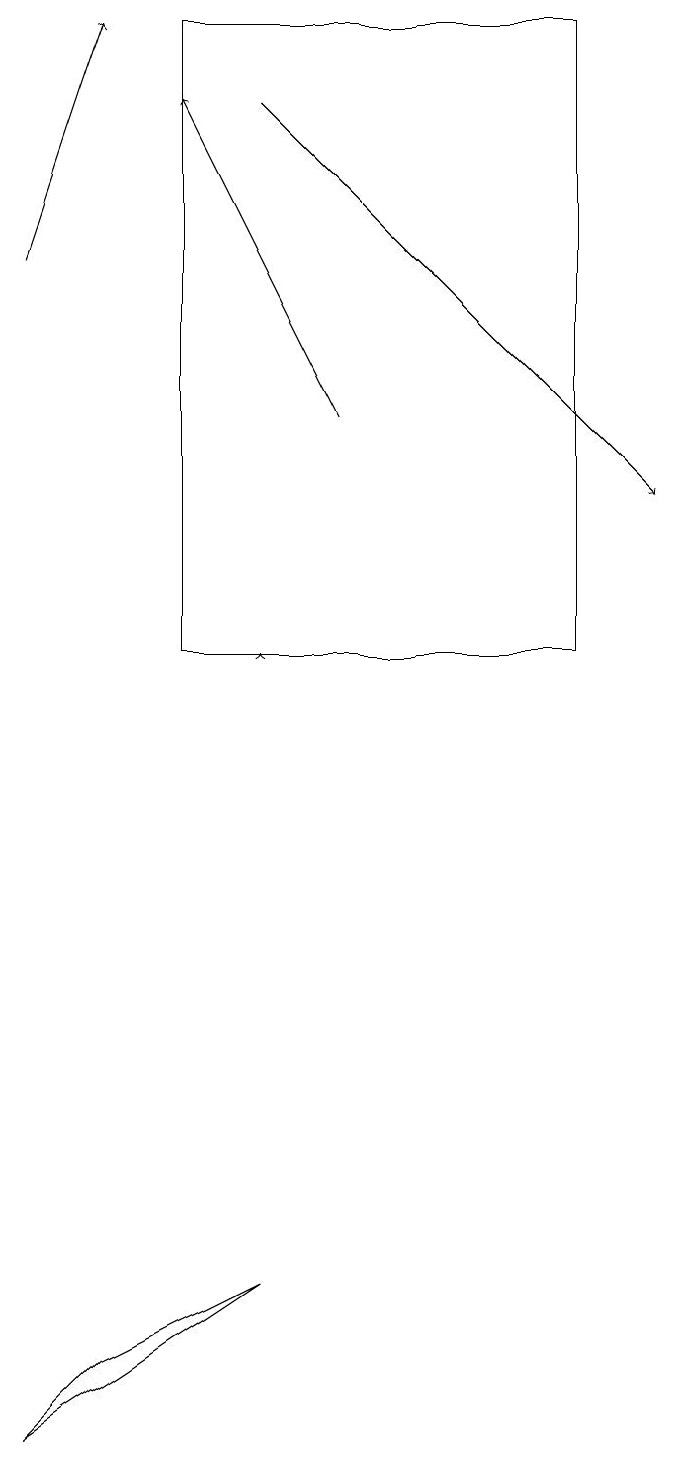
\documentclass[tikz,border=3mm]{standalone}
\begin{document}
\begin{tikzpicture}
\draw[->] (5,14) -- (3,18);
\draw[->] (1,16) -- (2,19);
\draw (3,19) rectangle (8,11);
\draw[->] (4,11) -- (4,11);
\draw[->] (4,18) -- (9,13);
\draw (2,2) -- (4,3) -- (1,1) -- cycle;
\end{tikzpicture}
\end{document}